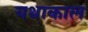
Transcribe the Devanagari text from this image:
यथाकाल